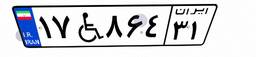
۷۸W۱۶۰۶۱